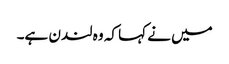
میں نے کہا کہ وہ لندن ہے۔